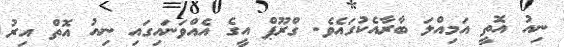
ނިއު އޮތީ އަމިއްލަ ބާރާއެކުގައެވެ. ގްރޫޕް އީގެ އެއްވަނައިގައި ނިއު އޮތް އިރު